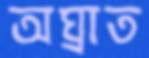
অঘ্রাত